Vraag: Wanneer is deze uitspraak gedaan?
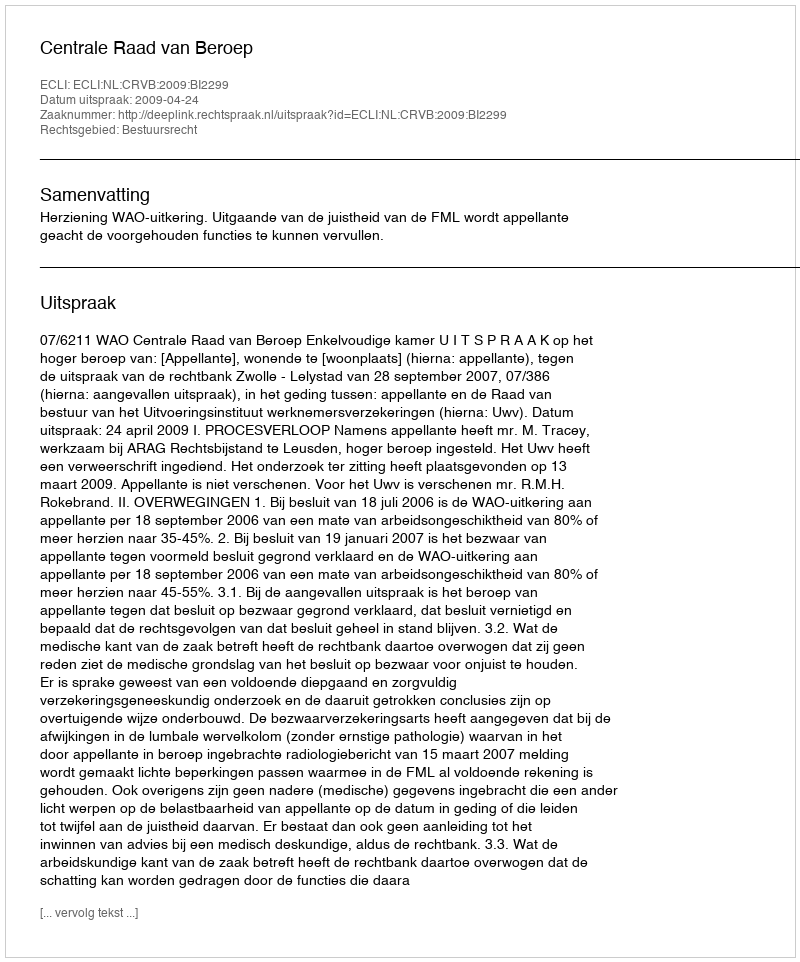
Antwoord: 2009-04-24